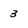
Character: 3